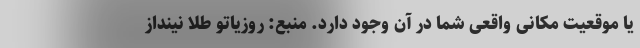
یا موقعیت مکانی واقعی شما در آن وجود دارد. منبع: روزیاتو طلا نیَنداز